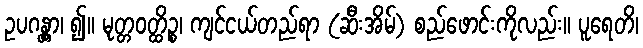
ဥပဂန္တွာ၊ ၍။ မုတ္တဝတ္ထိဉ္စ၊ ကျင်ငယ်တည်ရာ (ဆီးအိမ်) စည်ဖောင်းကိုလည်း။ ပူရေတိ၊